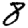
Digit: 8